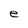
Character: e